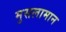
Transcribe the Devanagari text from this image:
मुसलामान